Annual administration report of the Civil Veterinary Department of India - 1896-1897
Year: 1896
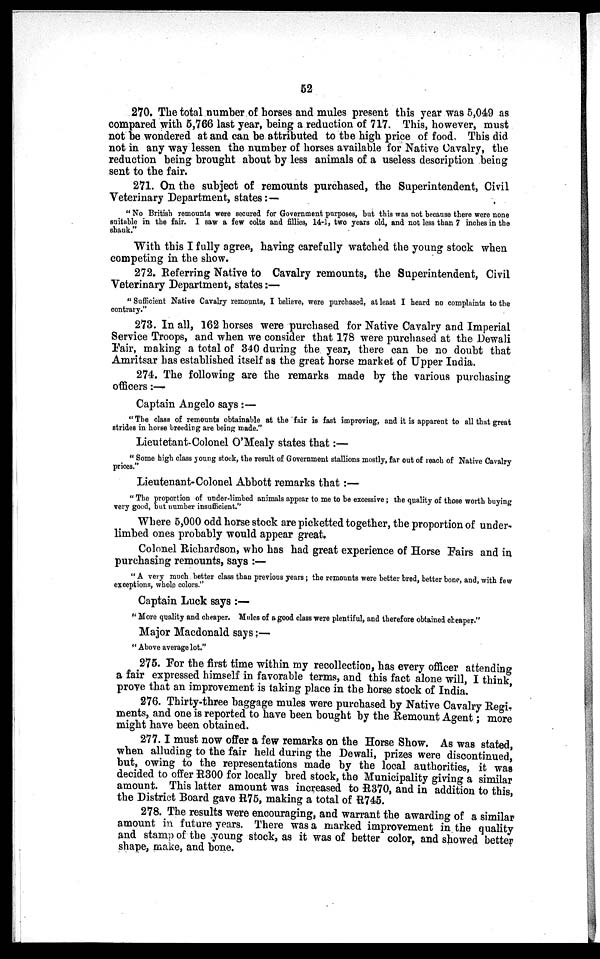
52
270. The total number of horses and mules present this year was 5,049 as
compared with 5,766 last year, being a reduction of 717. This, however, must
not be wondered at and can be attributed to the high price of food. This did
not in any way lessen the number of horses available for Native Cavalry, the
reduction being brought about by less animals of a useless description being
sent to the fair.
271. On the subject of remounts purchased, the Superintendent, Civil
Veterinary Department, states: —
" No British remounts were secured for Government purposes, but this was not because there were none
suitable in the fair. I saw a few colts and fillies, 14-1, two years old, and not less than 7 inches in the
shank."
With this I fully agree, having carefully watched the young stock when
competing in the show.
272. Referring Native to Cavalry remounts, the Superintendent, Civil
Veterinary Department, states:—
"Sufficient Native Cavalry remounts, I believe, were purchased, at least I heard no complaints to the
contrary."
273. In all, 162 horses were purchased for Native Cavalry and Imperial
Service Troops, and when we consider that 178 were purchased at the Dewali
Fair, making a total of 340 during the year, there can be no doubt that
Amritsar has established itself as the great horse market of Upper India.
274. The following are the remarks made by the various purchasing
officers :-
Captain Angelo says:—
"The class of remounts obtainable at the fair is fast improving, and it is apparent to all that great
strides in horse breeding are being made."
Lieutetant-Colonel O'Mealy states that:—
"Some high class young stock, the result of Government stallions mostly, far out of reach of Native Cavalry
prices."
Lieutenant-Colonel Abbott remarks that:—
"The proportion of under-limbed animals appear to me to be excessive ; the quality of those worth buying
very good, but number insufficient."
Where 5,000 odd horse stock are picketted together, the proportion of under-
limbed ones probably would appear great.
Colonel Richardson, who has had great experience of Horse Fairs and in
purchasing remounts, says:—
"A very much better class than previous years; the remounts were better bred, better bone, and, with few
exceptions, whole colors."
Captain Luck says:—
"More quality and cheaper. Mules of a good class were plentiful, and therefore obtained cheaper."
Major Macdonald says;—
"Above average lot."
275. For the first time within my recollection, has every officer attending
a fair expressed himself in favorable terms, and this fact alone will, I think,
prove that an improvement is taking place in the horse stock of India.
276. Thirty-three baggage mules were purchased by Native Cavalry Regi-
ments, and one is reported to have been bought by the Remount Agent; more
might have been obtained.
277. I must now offer a few remarks on the Horse Show. As was stated,
when alluding to the fair held during the Dewali, prizes were discontinued,
but, owing to the representations made by the local authorities, it was
decided to offer R300 for locally bred stock, the Municipality giving a similar
amount. This latter amount was increased to R370, and in addition to this,
the District Board gave R75, making a total of R745.
278. The results were encouraging, and warrant the awarding of a similar
amount in future years. There was a marked improvement in the quality
and stamp of the young stock, as it was of better color, and showed better
shape, make, and bone.